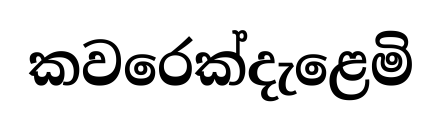
කවරෙක්දැළෙමි